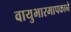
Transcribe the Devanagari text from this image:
वायुभारमापकाने